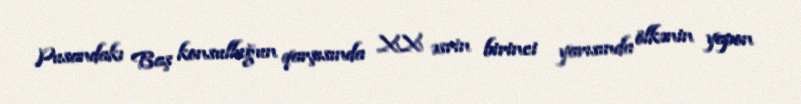
Pusandakı Baş konsulluğun qarşısında XX əsrin birinci yarısında ölkənin yapon